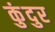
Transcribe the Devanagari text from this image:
कुंदुर